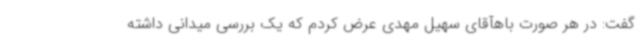
گفت: در هر صورت باهآقای سهیل مهدی عرض کردم که یک بررسی میدانی داشته